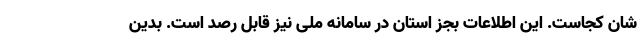
شان کجاست. این اطلاعات بجز استان در سامانه ملی نیز قابل رصد است. بدین